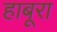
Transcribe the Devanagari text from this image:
हाबूरा